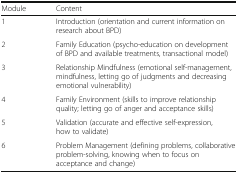
| Module | Content |
 | --- | --- |
 | 1 | Introduction (orientation and current information on research about BPD) |
 | 2 | Family Education (psycho-education on development of BPD and available treatments, transactional model) |
 | 3 | Relationship Mindfulness (emotional self-management, mindfulness, letting go of judgments and decreasing emotional vulnerability) |
 | 4 | Family Environment (skills to improve relationship quality; letting go of anger and acceptance skills) |
 | 5 | Validation (accurate and effective self-expression, how to validate) |
 | 6 | Problem Management (defining problems, collaborative problem-solving, knowing when to focus on acceptance and change) |